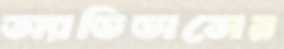
অ্যাডিডাসের